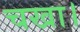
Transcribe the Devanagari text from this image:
चखा।